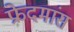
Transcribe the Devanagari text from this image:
फ्रेदमांस